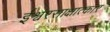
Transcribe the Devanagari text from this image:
ईश्वरसाक्षात्कार